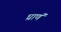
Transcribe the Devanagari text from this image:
घ्राणं